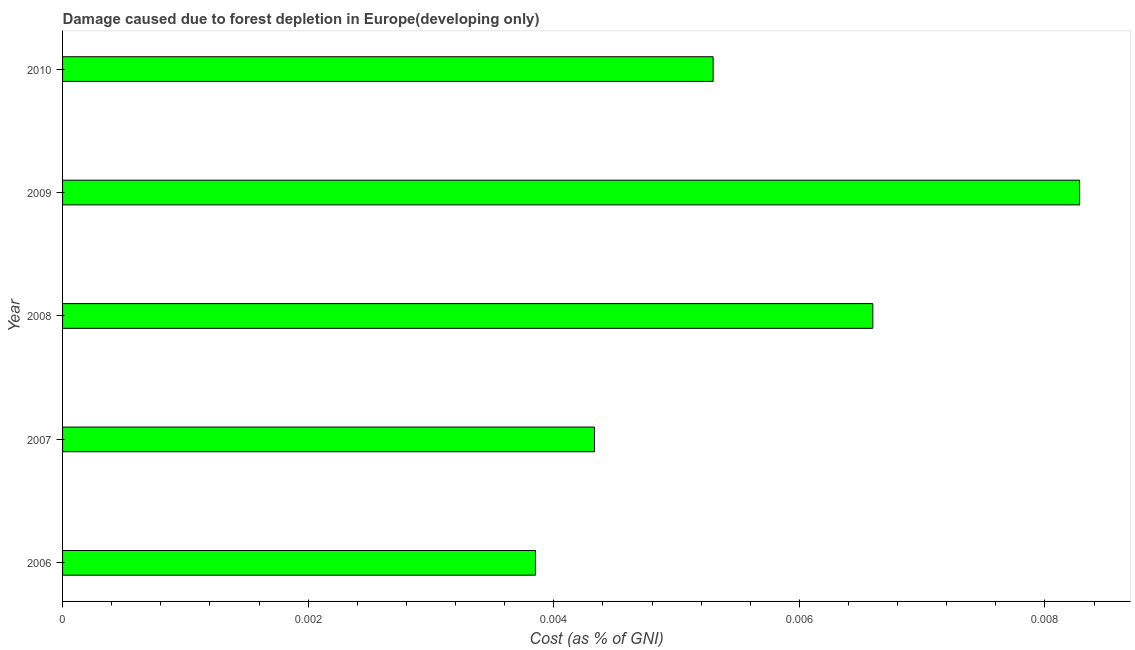
| Year | net forest depletion |
 | --- | --- |
 | 2006 | 0.00385 |
 | 2007 | 0.00433 |
 | 2008 | 0.0066 |
 | 2009 | 0.00828 |
 | 2010 | 0.0053 |